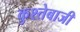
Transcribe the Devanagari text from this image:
कुश्तेबाजी